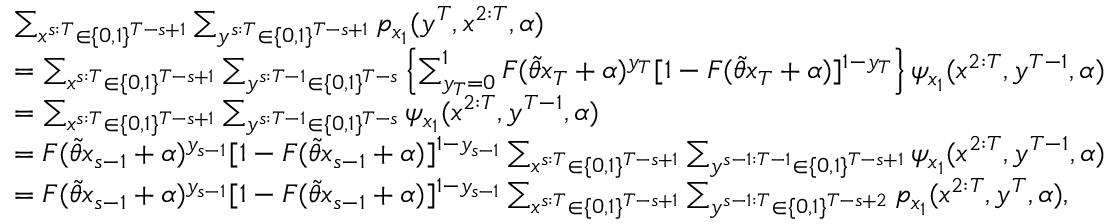
\begin{array} { r l } & { \sum _ { x ^ { s : T } \in \{ 0 , 1 \} ^ { T - s + 1 } } \sum _ { y ^ { s : T } \in \{ 0 , 1 \} ^ { T - s + 1 } } p _ { x _ { 1 } } ( y ^ { T } , x ^ { 2 : T } , \alpha ) } \\ & { = \sum _ { x ^ { s : T } \in \{ 0 , 1 \} ^ { T - s + 1 } } \sum _ { y ^ { s : T - 1 } \in \{ 0 , 1 \} ^ { T - s } } \left\{ \sum _ { y _ { T } = 0 } ^ { 1 } F ( \widetilde { \theta } x _ { T } + \alpha ) ^ { y _ { T } } [ 1 - F ( \widetilde { \theta } x _ { T } + \alpha ) ] ^ { 1 - y _ { T } } \right\} \psi _ { x _ { 1 } } ( x ^ { 2 : T } , y ^ { T - 1 } , \alpha ) } \\ & { = \sum _ { x ^ { s : T } \in \{ 0 , 1 \} ^ { T - s + 1 } } \sum _ { y ^ { s : T - 1 } \in \{ 0 , 1 \} ^ { T - s } } \psi _ { x _ { 1 } } ( x ^ { 2 : T } , y ^ { T - 1 } , \alpha ) } \\ & { = F ( \widetilde { \theta } x _ { s - 1 } + \alpha ) ^ { y _ { s - 1 } } [ 1 - F ( \widetilde { \theta } x _ { s - 1 } + \alpha ) ] ^ { 1 - y _ { s - 1 } } \sum _ { x ^ { s : T } \in \{ 0 , 1 \} ^ { T - s + 1 } } \sum _ { y ^ { s - 1 : T - 1 } \in \{ 0 , 1 \} ^ { T - s + 1 } } \psi _ { x _ { 1 } } ( x ^ { 2 : T } , y ^ { T - 1 } , \alpha ) } \\ & { = F ( \widetilde { \theta } x _ { s - 1 } + \alpha ) ^ { y _ { s - 1 } } [ 1 - F ( \widetilde { \theta } x _ { s - 1 } + \alpha ) ] ^ { 1 - y _ { s - 1 } } \sum _ { x ^ { s : T } \in \{ 0 , 1 \} ^ { T - s + 1 } } \sum _ { y ^ { s - 1 : T } \in \{ 0 , 1 \} ^ { T - s + 2 } } p _ { x _ { 1 } } ( x ^ { 2 : T } , y ^ { T } , \alpha ) , } \end{array}